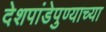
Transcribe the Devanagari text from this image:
देशपांडेपुण्याच्या